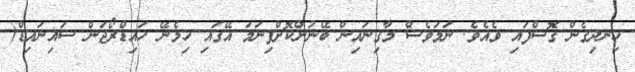
ހިނދިގެން ގޮސްފައި ވެއެވެ. ނަމަވެސް މާގިނައިން ބޭނުންކޮށްފިނަމަ އޭގައި ހިމެނޭ ހައިޑްރޯޖަން ސައިނައިޑް(